system: You are a helpful assistant.
user:
Analyze the provided spectrum to determine if it is a **M-type Giant (gM)**.

A M-type Giant spectrum is defined by its **strong molecular absorption** features, particularly from **Titanium Oxide (TiO)**. You must check for one of the following mutually exclusive signatures:

- **Key Visual Indicators (Absorption-Dominated Spectrum):**

    - **(Primary):** The spectrum is dominated by strong molecular absorption from **Titanium Oxide (TiO)**. This is the **defining feature** of its M-type temperature class.
        - **(Key Bandheads):** Look for sharp, "saw-tooth" absorption valleys. The strongest are located near **~7050 Å**, **~6160 Å**, and **~5170 Å**.
        - **(Line Profile):** The "saw-tooth" morphology is critical: a **sharp, steep drop on the BLUE (short-wavelength) side** of the bandhead, followed by a gradual recovery (rising flux) towards the RED (long-wavelength) side.

    - **(Key Confirmation - Giant vs. Dwarf):** **ABSENCE** of strong **Calcium Hydride (CaH)** molecular bands. This is the primary diagnostic for *excluding* M-dwarfs.
        - **(Key Region):** The spectrum should lack the strong, broad absorption band seen in dwarfs between **~6800 Å and ~7000 Å**.

    - **(Secondary Confirmation - Giant):** A very strong and broad **Neutral Calcium (Ca I)** atomic absorption line.
        - **(Key Line):** Located at **~4226 Å**. In a giant (gM), this line is significantly deeper and broader than the same line in an M-dwarf (dM) due to low surface gravity.

    - **(Overall Spectrum):**
        - The continuum is **extremely red-sloping** (i.e., flux is very low in the blue and rises dramatically towards the red).
        - The entire spectrum appears "chopped up" by the deep TiO bands.

Think first, call **spectral_visualization_tool** if needed to examine features in detail, then provide your final answer. Your response must adhere to the following strict rules:
1.  **Overall Structure:** Your response must follow the format `<think>...</think> <tool_call>...</tool_call> (if a tool is used) <answer>...</answer>`.
2.  **Tool Usage Constraint:** You may only make **one** tool call per turn.
3.  **Final Answer Format:** In the `<answer>` tag, your conclusion must be inside a `\boxed{}` command (e.g., `\boxed{YES}` or `\boxed{NO}`), followed by your justification.

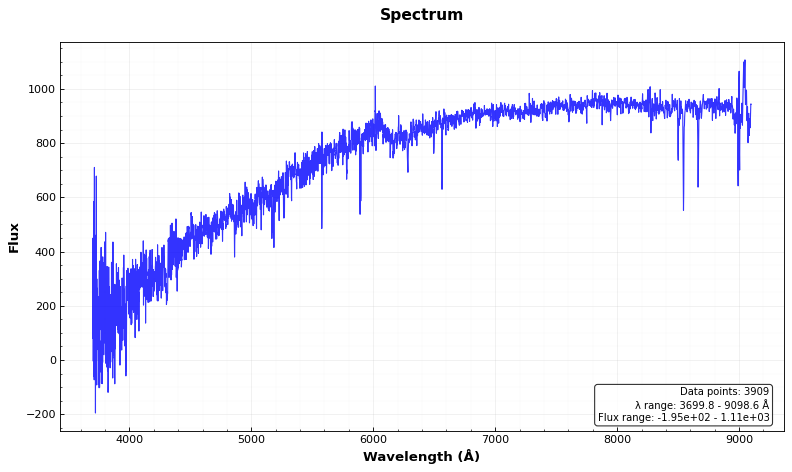
Answer: NO